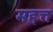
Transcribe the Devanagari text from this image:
महत्त